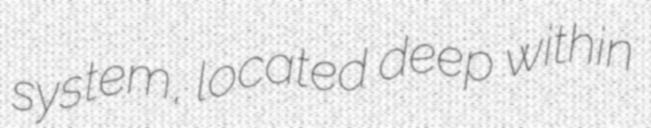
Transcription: system, located deep within